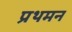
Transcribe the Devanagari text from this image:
प्रथमन